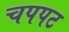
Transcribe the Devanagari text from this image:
चपपट